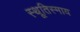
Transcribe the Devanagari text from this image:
स्थूतिस्माय